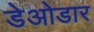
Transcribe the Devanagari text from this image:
डेओडार